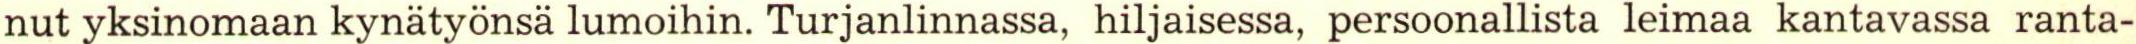
nut yksinomaan kynätyönsä lumoihin. Turjanlinnassa, hiljaisessa, persoonallista leimaa kantavassa ranta-